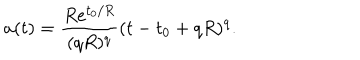
a ( t ) = \frac { R e ^ { t _ { 0 } / R } } { ( q R ) ^ { q } } ( t - t _ { 0 } + q R ) ^ { q } .